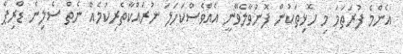
އެންމެ ފުރަތަމަ މި ހޮޅިތަކުން ފޮނުވާލެވޭނީ އެއްވެސްކަހަލަ ނުރައްކާތެރިކަމެއް ނެތް ސެލިން ޑްރިޕް